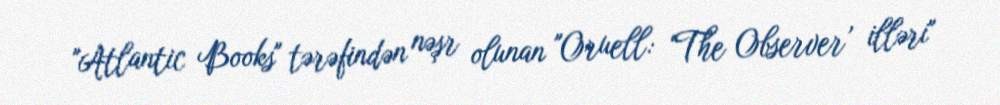
"Atlantic Books" tərəfindən nəşr olunan "Oruell: ‘The Observer’ illəri"